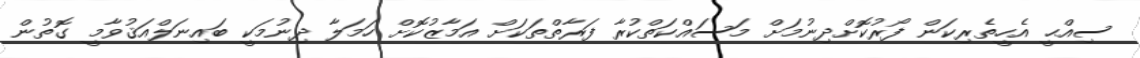
ސިއްޙީ އެހީތެރިކަން ފޯރުކޮށްދިނުމަށް މަސައްކަތްކުރާ ފަރާތްތަކަށް އަމާޒުކޮށް ހަމަލާ ދިނުމަކީ ބައިނަލްއަޤުވާމީ ގޮތުން